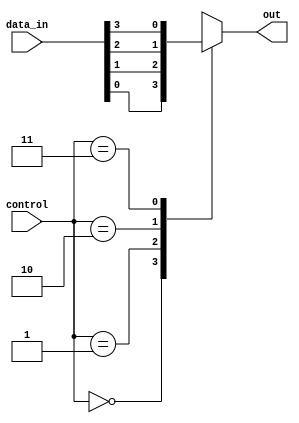
module mux4to1(
    input wire [3:0] data_in,
    input wire [1:0] control,
    output reg out
);

always @(*)
begin
    case(control)
        2'b00: out <= data_in[0];
        2'b01: out <= data_in[1];
        2'b10: out <= data_in[2];
        2'b11: out <= data_in[3];
        default: out <= 0; // default case
    endcase
end

endmodule